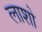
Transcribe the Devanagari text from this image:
लाशो